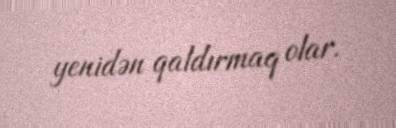
yenidən qaldırmaq olar.